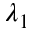
\lambda _ { 1 }